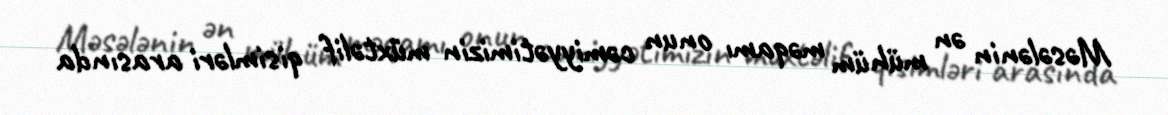
Məsələnin ən mühüm məqamı onun cəmiyyətimizin müxtəlif qisimləri arasında